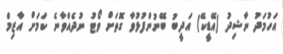
އަހުމަދު ނާޝިދު (އޭޑީކޭ) އަދީބު ބޭނުންފުޅުވާ ގޮތަށް ވޯޓު ނުދެއްވާނެ ކަމަށް އާޒިމް